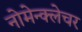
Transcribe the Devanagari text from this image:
नोमेन्क्लेचर